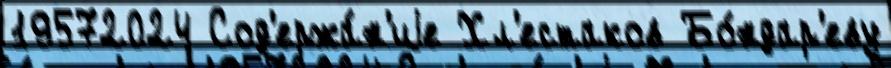
19572024 Сод'ержа́н'иjе Хл'естаков Бо́ндар'еву